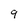
Character: 9